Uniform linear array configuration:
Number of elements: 24
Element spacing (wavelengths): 1
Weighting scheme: blackman
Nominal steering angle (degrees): -30
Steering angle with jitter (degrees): -30.497
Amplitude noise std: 0.05
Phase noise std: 0.05

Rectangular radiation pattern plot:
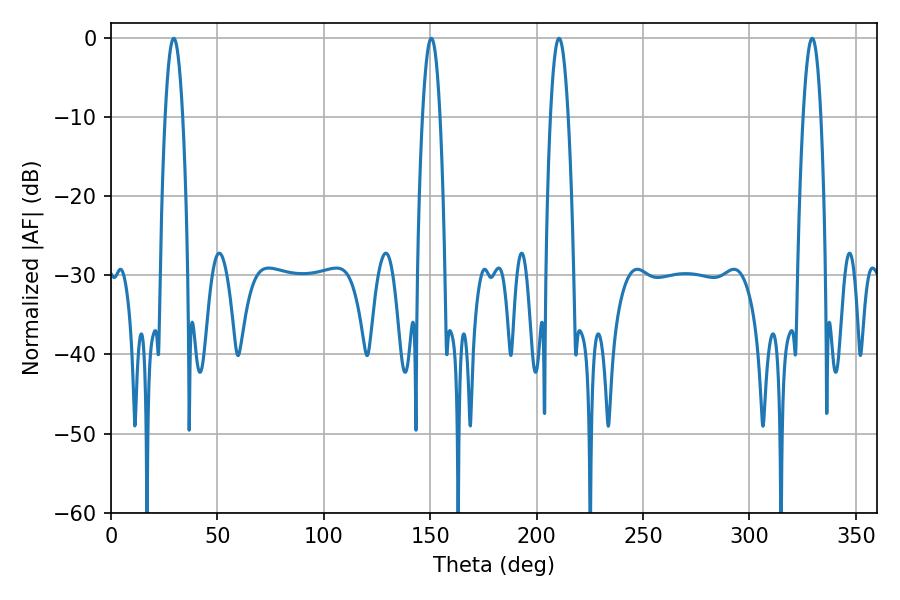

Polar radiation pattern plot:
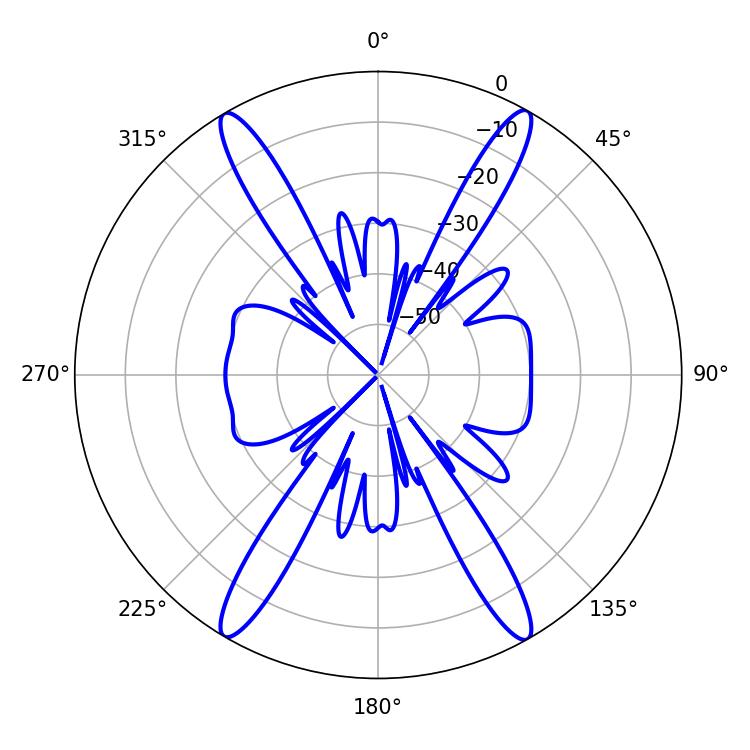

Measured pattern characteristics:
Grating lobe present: TRUE
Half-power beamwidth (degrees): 4.5
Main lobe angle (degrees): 29.52